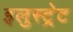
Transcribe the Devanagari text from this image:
इलुस्ट्रेट